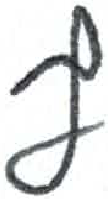
אות: ף